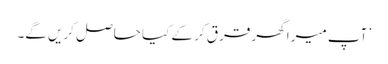
’ آپ میرا گھر قرق کر کے کیا حاصل کریں گے۔